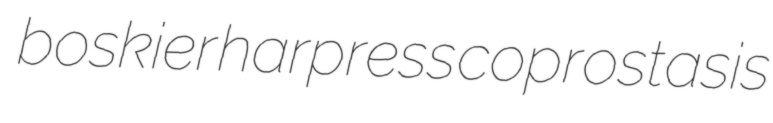
boskier harpress coprostasis